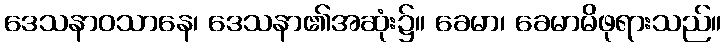
ဒေသနာဝသာနေ၊ ဒေသနာ၏အဆုံး၌။ ခေမာ၊ ခေမာမိဖုရားသည်။